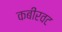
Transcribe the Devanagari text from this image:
कबीरवट